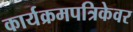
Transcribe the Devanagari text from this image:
कार्यक्रमपत्रिकेवर